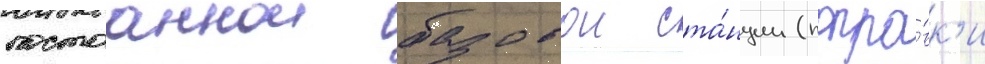
постоаннои базовои ста́нции (попра́вк'и